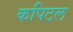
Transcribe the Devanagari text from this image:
कपिटल